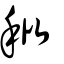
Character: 秕